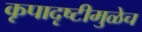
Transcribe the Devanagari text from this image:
कृपादृष्टीमुळेच